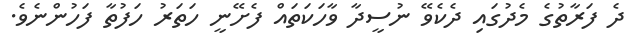
ދެ ފަރާތުގެ މެދުގައި ދެކެވޭ ނުސީދާ ވާހަކަތައް ފެށޭނީ ހަތަރު ހަފުތާ ފަހުންނެވެ.